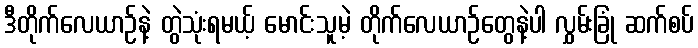
ဒီတိုက်လေယာဉ်နဲ့ တွဲသုံးရမယ့် မောင်းသူမဲ့ တိုက်လေယာဉ်တွေနဲ့ပါ လွှမ်းခြုံ ဆက်စပ်